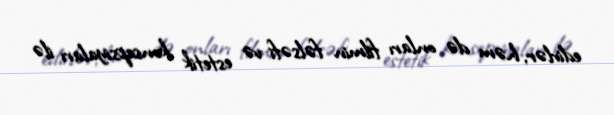
edirlər, həm də onları filmin fəlsəfi və estetik konsepsiyaları ilə